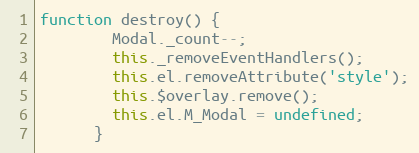
Language: JavaScript
function destroy() {
        Modal._count--;
        this._removeEventHandlers();
        this.el.removeAttribute('style');
        this.$overlay.remove();
        this.el.M_Modal = undefined;
      }